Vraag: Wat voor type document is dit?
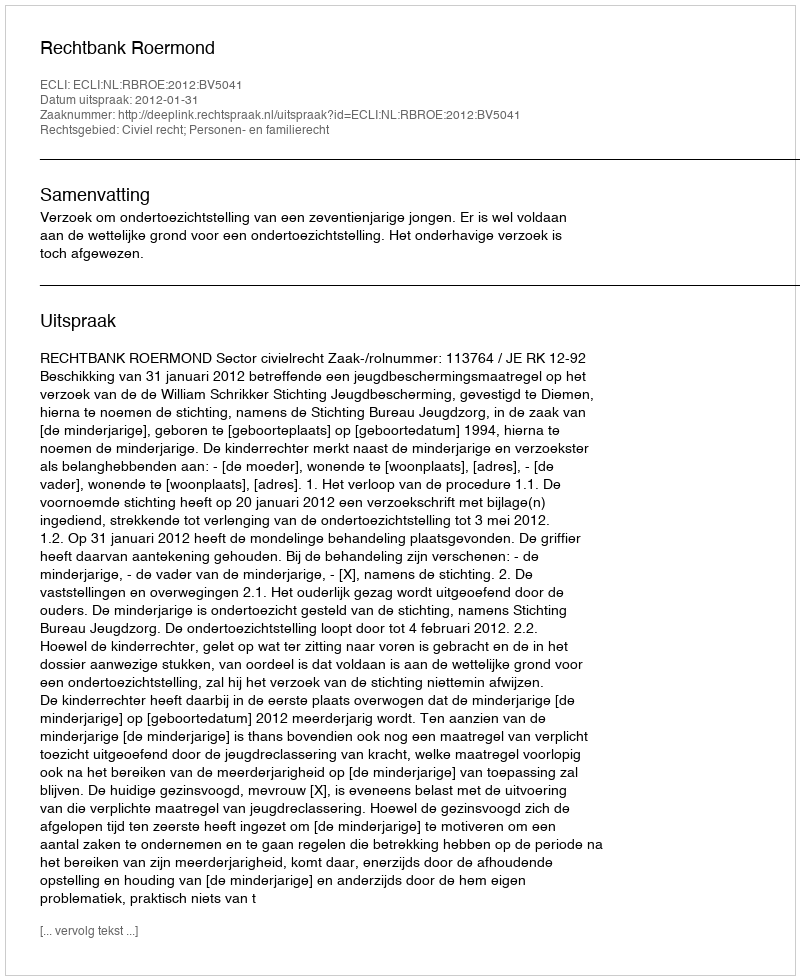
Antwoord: Uitspraak